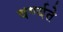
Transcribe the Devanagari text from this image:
वर्ण्यते